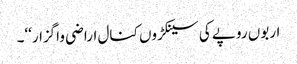
اربوں روپے کی سینکڑوں کنال اراضی واگزار‘‘۔